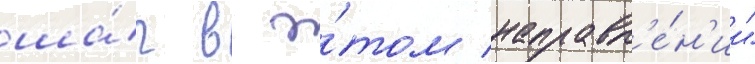
ша́г в э́том направл'е́н'ии"